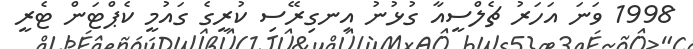
1998 ވަނަ އަހަރު ޗެލްސީއާ ގުޅުނު އިނގިރޭސި ކުރީގެ ގައުމީ ކެޕްޓަން ޓެރީ